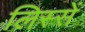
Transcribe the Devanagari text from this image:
लिस्सें